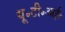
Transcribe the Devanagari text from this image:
यू॰टी॰आई॰